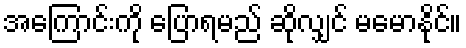
အကြောင်းကို ပြောရမည် ဆိုလျှင် မမောနိုင်။